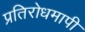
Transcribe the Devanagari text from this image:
प्रतिरोधमापी